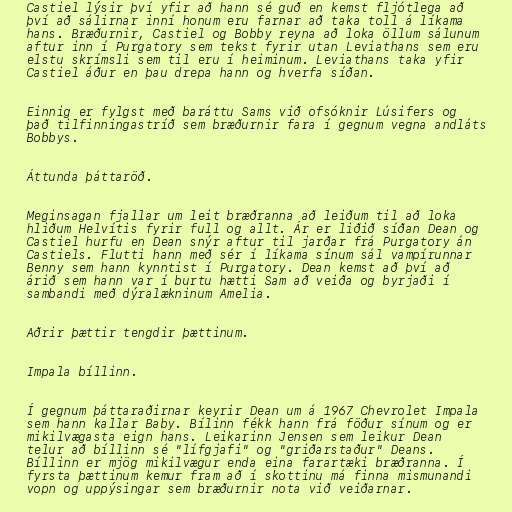
Castiel lýsir því yfir að hann sé guð en kemst fljótlega að
því að sálirnar inní honum eru farnar að taka toll á líkama
hans. Bræðurnir, Castiel og Bobby reyna að loka öllum sálunum
aftur inn í Purgatory sem tekst fyrir utan Leviathans sem eru
elstu skrímsli sem til eru í heiminum. Leviathans taka yfir
Castiel áður en þau drepa hann og hverfa síðan.

Einnig er fylgst með baráttu Sams við ofsóknir Lúsifers og
það tilfinningastríð sem bræðurnir fara í gegnum vegna andláts
Bobbys.

Áttunda þáttaröð.

Meginsagan fjallar um leit bræðranna að leiðum til að loka
hliðum Helvítis fyrir full og allt. Ár er liðið síðan Dean og
Castiel hurfu en Dean snýr aftur til jarðar frá Purgatory án
Castiels. Flutti hann með sér í líkama sínum sál vampírunnar
Benny sem hann kynntist í Purgatory. Dean kemst að því að
árið sem hann var í burtu hætti Sam að veiða og byrjaði í
sambandi með dýralækninum Amelia.

Aðrir þættir tengdir þættinum.

Impala bíllinn.

Í gegnum þáttaraðirnar keyrir Dean um á 1967 Chevrolet Impala
sem hann kallar Baby. Bílinn fékk hann frá föður sínum og er
mikilvægasta eign hans. Leikarinn Jensen sem leikur Dean
telur að bíllinn sé "lífgjafi" og "griðarstaður" Deans.
Bíllinn er mjög mikilvægur enda eina farartæki bræðranna. Í
fyrsta þættinum kemur fram að í skottinu má finna mismunandi
vopn og uppýsingar sem bræðurnir nota við veiðarnar.